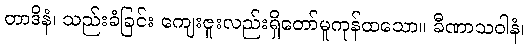
တာဒိနံ၊ သည်းခံခြင်း ကျေးဇူးလည်းရှိတော်မူကုန်ထသော။ ခီဏာသဝါနံ၊